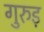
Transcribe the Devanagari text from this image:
गुरुड़